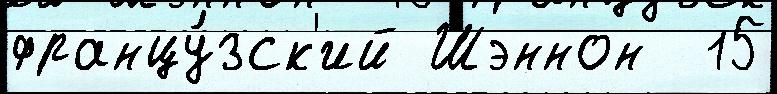
францу́зск'ий Шэннон  15